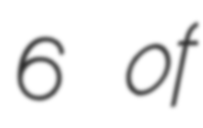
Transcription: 6 of